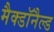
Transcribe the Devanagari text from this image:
मैक्डॉनैल्ड